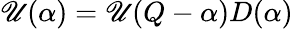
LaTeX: \mathscr{U}(\alpha)=\mathscr{U}(Q-\alpha)D(\alpha)